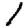
Digit: 1